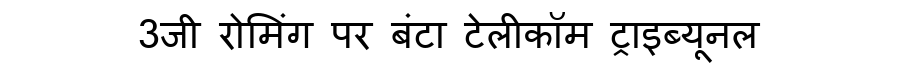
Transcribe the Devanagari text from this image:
3जी रोमिंग पर बंटा टेलीकॉम ट्राइब्यूनल